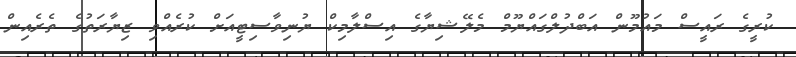
ކުރީގެ ރައީސް މައުމޫން އަބްދުލްގައްޔޫމް މެލޭޝިޔާގެ އިސްލާމިކް ޔުނިވާސިޓީއަށް ކުރެއްވި ޒިޔާރަތުގެ ތެރެއިން